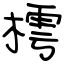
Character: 樗